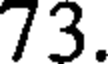
73.